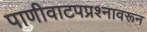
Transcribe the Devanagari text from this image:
पाणीवाटपप्रश्नावरून